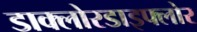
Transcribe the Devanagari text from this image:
डाक्लोरडाइफ्लोर